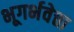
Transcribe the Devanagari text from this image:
भूगर्भवेत्ता